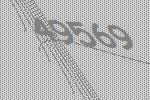
49569